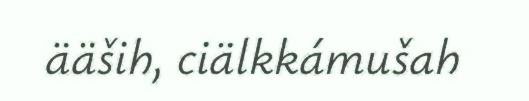
ääših, ciälkkámušah